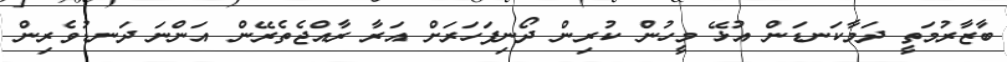
ބާޒާރުމަތީ ދަމާކަނޑަން އުޅޭ މީހުން ކުރިން ދޯނިފަހަރަށް އަރާ ރާއްޖެތެރޭން އަންނަ ދަނޑުވެރިން